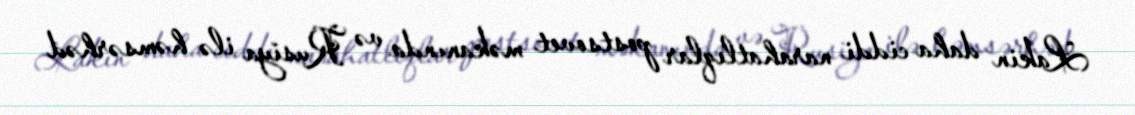
Lakin daha ciddi narahatlıqlar postsovet məkanında və Rusiya ilə həmsərhəd